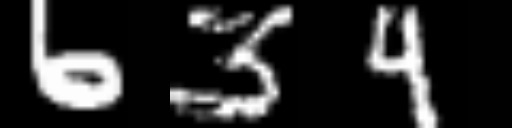
Text: 634